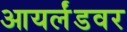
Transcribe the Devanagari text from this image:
आयर्लंडवर